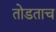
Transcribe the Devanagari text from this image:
तोडताच